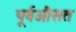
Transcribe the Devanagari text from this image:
पूर्वऔसत